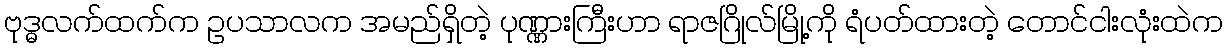
ဗုဒ္ဓလက်ထက်က ဥပသာလက အမည်ရှိတဲ့ ပုဏ္ဏားကြီးဟာ ရာဇဂြိုလ်မြို့ကို ရံပတ်ထားတဲ့ တောင်ငါးလုံးထဲက